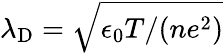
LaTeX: \lambda_{\mathrm{D}}=\sqrt{\epsilon_{0}T/(ne^{2})}